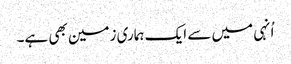
اُنہی میں سے ایک ہماری زمین بھی ہے۔